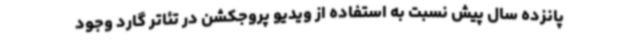
پانزده سال پیش نسبت به استفاده از ویدیو پروجکشن در تئاتر گارد وجود